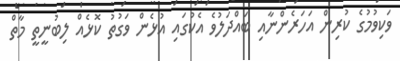
ވަކިވުމުގެ ކުރިން އަހަރެންނާއި ބައްދަލުވެ އެކުގައި އުޅެން ވަގުތު ކޮޅެއް ލިބުނީތީ މާތް